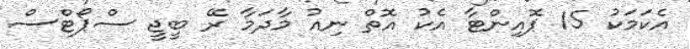
އެކަމަކު 15 ޕޮއިންޓާ އެކު އޮތް ނިއު މާދަމާ ރޭ ބީޖީ ސްޕޯޓްސް